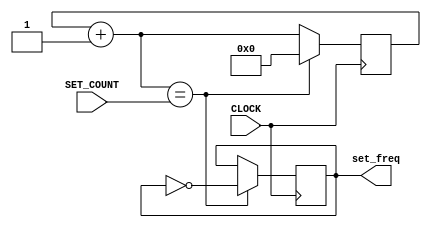
`timescale 1ns / 1ps
//////////////////////////////////////////////////////////////////////////////////
// Company: 
// Engineer: 
// 
// Design Name: 
// Module Name: modular_clock
// Project Name: 
// Target Devices: 
// Tool Versions: 
// Description: 
// 
// Dependencies: 
// 
// Revision:
// Revision 0.01 - File Created
// Additional Comments:
// 
//////////////////////////////////////////////////////////////////////////////////


module modular_clock(
    input CLOCK, 
    input [3:0] SET_COUNT,
    output reg set_freq = 0
    );
    
    reg [3:0] COUNT = 0;
    
    always @(posedge CLOCK) begin
        COUNT =  COUNT + 1;
        
        set_freq <= ( COUNT == SET_COUNT ) ? ~set_freq : set_freq;
        COUNT <= ( COUNT == SET_COUNT ) ? 0: COUNT;
    end
    
endmodule